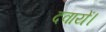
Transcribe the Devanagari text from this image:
दवायें।